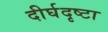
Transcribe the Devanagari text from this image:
दीर्घदृष्टा